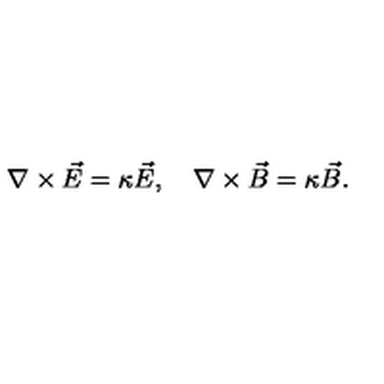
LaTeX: \nabla \times \vec { E } = \kappa \vec { E } , \quad \nabla \times \vec { B } = \kappa \vec { B } .